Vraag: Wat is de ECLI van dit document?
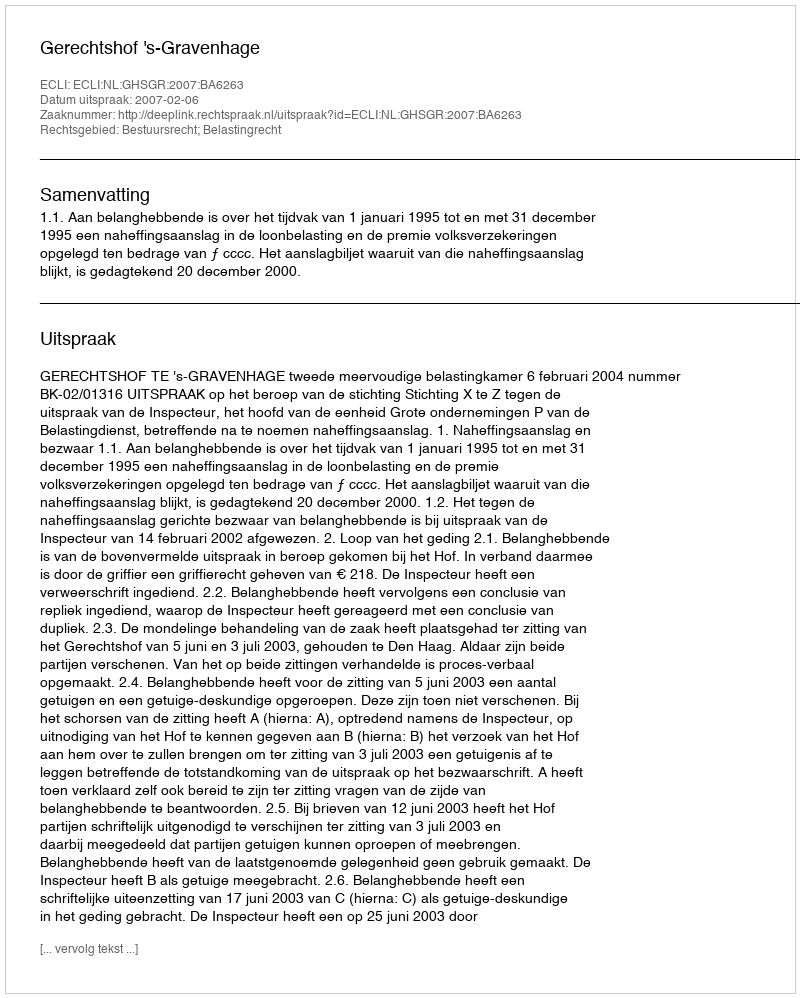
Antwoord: ECLI:NL:GHSGR:2007:BA6263